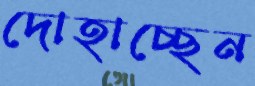
দোহাচ্ছেন